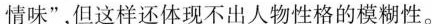
情味”,但这样还体现不出人物性格的模糊性。